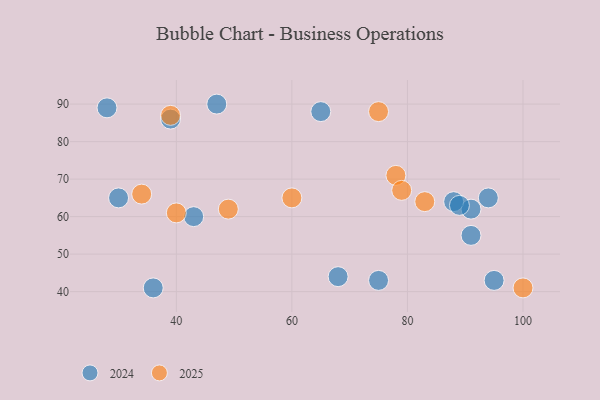
{"axis": {"x": "GDP", "y": "Life Expectancy"}, "legend": ["2024", "2025"], "data": [{"x": "100", "y": 41, "type": "2025"}, {"x": "83", "y": 64, "type": "2025"}, {"x": "75", "y": 88, "type": "2025"}, {"x": "34", "y": 66, "type": "2025"}, {"x": "78", "y": 71, "type": "2025"}, {"x": "60", "y": 65, "type": "2025"}, {"x": "40", "y": 61, "type": "2025"}, {"x": "79", "y": 67, "type": "2025"}, {"x": "39", "y": 87, "type": "2025"}, {"x": "49", "y": 62, "type": "2025"}, {"x": "68", "y": 44, "type": "2024"}, {"x": "94", "y": 65, "type": "2024"}, {"x": "91", "y": 62, "type": "2024"}, {"x": "30", "y": 65, "type": "2024"}, {"x": "43", "y": 60, "type": "2024"}, {"x": "95", "y": 43, "type": "2024"}, {"x": "65", "y": 88, "type": "2024"}, {"x": "47", "y": 90, "type": "2024"}, {"x": "88", "y": 64, "type": "2024"}, {"x": "28", "y": 89, "type": "2024"}, {"x": "89", "y": 63, "type": "2024"}, {"x": "36", "y": 41, "type": "2024"}, {"x": "91", "y": 55, "type": "2024"}, {"x": "39", "y": 86, "type": "2024"}, {"x": "75", "y": 43, "type": "2024"}]}